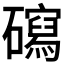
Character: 𥖽